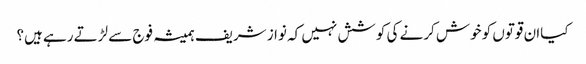
کیاان قوتوں کو خوش کرنے کی کوشش نہیں کہ نواز شریف ہمیشہ فوج سے لڑتے رہے ہیں؟